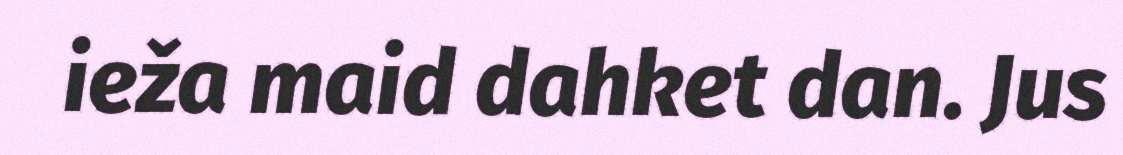
ieža maid dahket dan. Jus